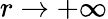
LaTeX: r\rightarrow+\infty